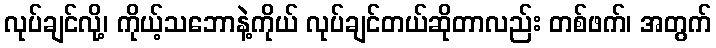
လုပ်ချင်လို့၊ ကိုယ့်သဘောနဲ့ကိုယ် လုပ်ချင်တယ်ဆိုတာလည်း တစ်ဖက်၊ အတွက်